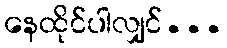
နေထိုင်ပါလျှင်...